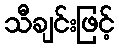
သီချင်းဖြင့်